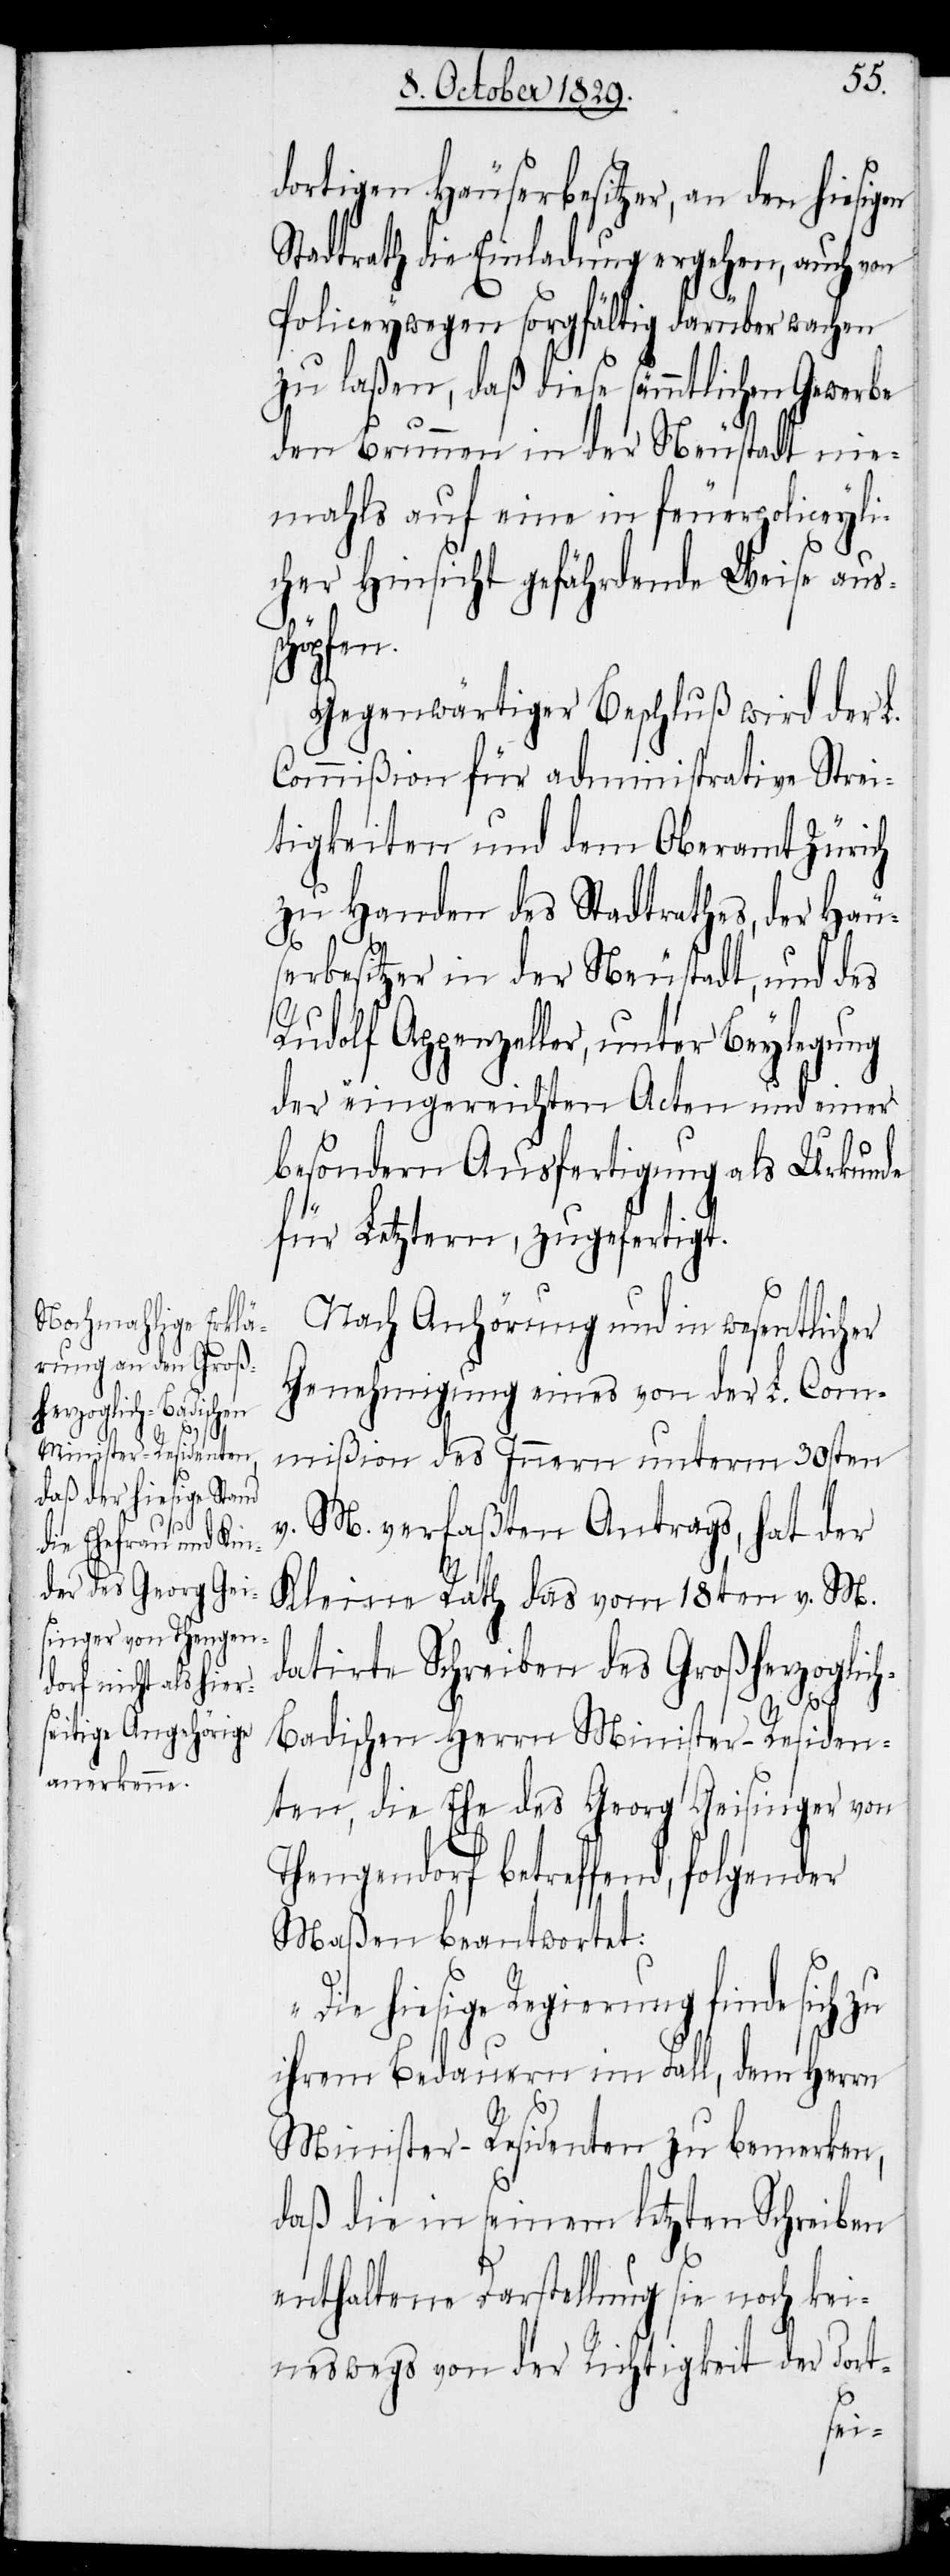
dortigen Häuserbesitzer, an den hiesig¬
Stadtrath die Einladung ergehen, auch von
Policeywegen sorgfältig darüber wachen
zu laßen, daß diese sämmtlichen Gewerbe
den Brunnen in der Neustadt nie¬
mahls auf eine in feuerpoliceyli¬
cher Hinsicht gefährdende Weise aus¬
chöpfen.
Gegenwärtiger Beschluß wird der L.
Commißion für administrative Strei¬
tigkeiten und dem Oberamt Zürich
zu Handen des Stadtrathes, der Häu¬
serbesitzer in der Neustadt, und des
Rudolf Appenzeller, unter Beylegung
der eingereichten Acten und einer
besondern Ausfertigung als Urkunde
für Letztern, zugefertigt.
Nach Anhörung und in wesentlicher
Genehmigung eines von der L. Com¬
mißion des Innern unterm 30sten
v.
M. verfaßten Antrags, hat der
Kleine Rath das vom 18ten v. M.
datirte Schreiben des Großherzoglic¬
h-Badischen Herrn Minister-Residen¬
ten, die Ehe des Georg Geisinger von
Thengendorf betreffend, folgender
Maßen beantwortet:
„Die hiesige Regierung finde sich zu
ihrem Bedauern im Fall, dem Herrn
Minister-Residenten zu bemerken,
daß die in seinem letzten Schreiben
enthaltene Darstellung sie noch kei¬
neswegs von der Richtigkeit der dort-
s¬